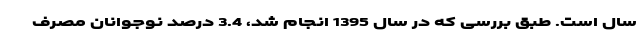
سال است. طبق بررسی که در سال 1395 انجام شد، 3.4 درصد نوجوانان مصرف